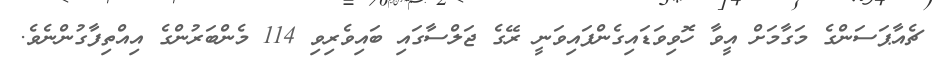
ޗެއާޕަސަންގެ މަގާމަށް އީވާ ހޮވިވަޑައިގެންފައިވަނީ ރޭގެ ޖަލްސާގައި ބައިވެރިވި 114 މެންބަރުންގެ އިއްތިފާގުންނެވެ.